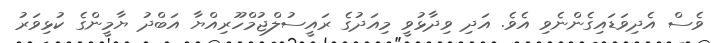
ވެސް އެދިވަޑައިގެންނެވި އެވެ. އަދި ވިދާޅުވީ މިއަދުގެ ރައީސުލްޖުމްހޫރިއްޔާ އަބްދު ޔާމީންގެ ކުޅިވަރު